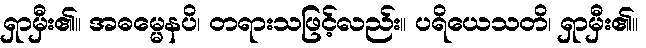
ရှာမှီး၏။ အဓမ္မေနပိ၊ တရားသဖြင့်လည်း။ ပရိယေသတိ၊ ရှာမှီး၏။